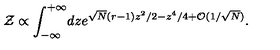
{ \cal Z } \propto \int _ { - \infty } ^ { + \infty } \! d z e ^ { \sqrt { N } ( r - 1 ) z ^ { 2 } / 2 - z ^ { 4 } / 4 + { \cal O } ( 1 / \sqrt { N } ) } .